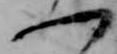
一